Civil Veterinary Department. Madras. Admin. report 1926-33 - 1926-1933
Year: 1926
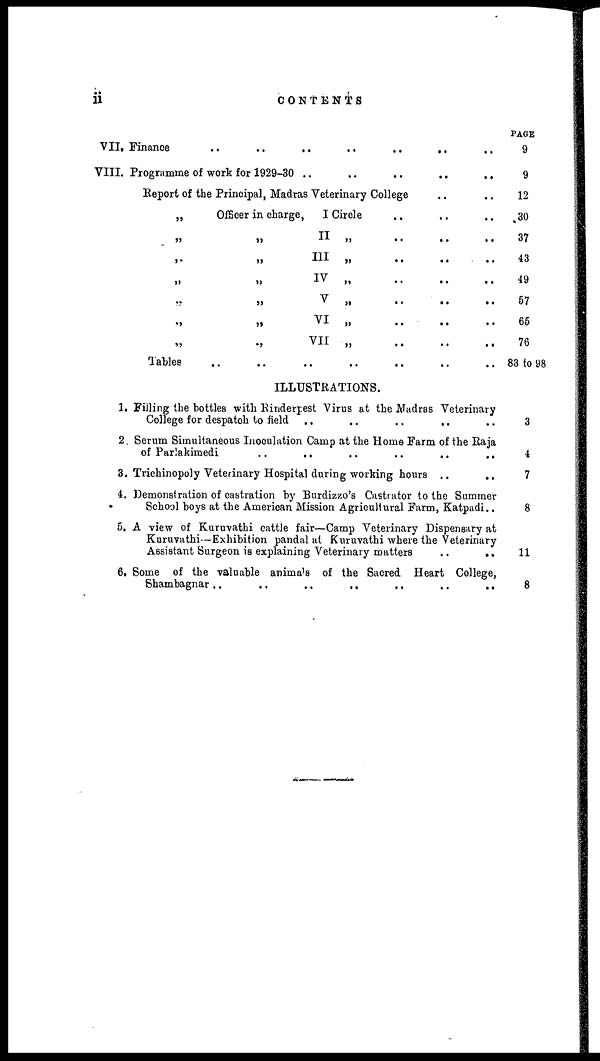
ii
CONTENTS
VII, Finance .. .. .. .. .. .. .. ..
VIII. Programme of work for 1929-30 .. .. .. .. .. ..
Report of the Principal, Madras Veterinary College .. ..
„
Officer in charge,
I Circle .. .. ..
„ „ II „ .. .. ..
„ „ III „ .. .. ..
„ „ IV„ .. .. ..
„
„
V
„
..
..
..
„ „ VI „ .. .. ..
„ „ VII „ .. .. ..
Tables .. .. .. .. .. .. .. ..
ILLUSTRATIONS.
1. Filling the bottles with Rinderpest Virus at the Madras Veterinary
College for despatch to field
..
..
..
..
2. Serum Simultaneous Inoculation Camp at the Home Farm of the Raja
of Parlakimedi
..
..
..
..
..
..
3. Trichinopoly Veterinary Hospital during working hours .. ..
4. Demonstration of castration by Burdizzo's Castrator to the Summer
School boys at the American Mission Agricultural Farm, Katpadi..
5. A view of Kuruvathi cattle fair—Camp Veterinary Dispensary at
Kuruvathi—Exhibition pandal at Kuruvathi where the Veterinary
Assistant Surgeon is explaining Veterinary matters
..
..
6, Some of the valuable animals of the Sacred Heart College,
Shambagnar ..
..
..
..
..
..
..
PAGE
9
9
12
30
37
43
49
57
65
76
83 to 98
3
4
7
8
11
8